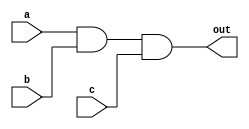
// name: 3_input_and_gate.v
module three_input_and_gate(out,a,b,c); //you list all inputs and outputs, by convention outputs go first
output out; // this tells the compile which lines are inputs and outputs
input a,b,c;
assign out = a & b & c; // output function
endmodule